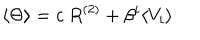
\langle \Theta \rangle = c ~ R ^ { ( 2 ) } + \beta ^ { i } \langle V _ { i } \rangle